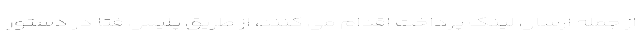
از جمله ارسال لینک پرداخت اقدام می کنند، از طریق پلیس فتا در دستور